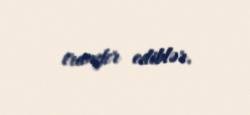
transfer ediblər.